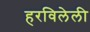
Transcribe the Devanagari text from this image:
हरविलेली